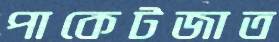
পাকেটজাত